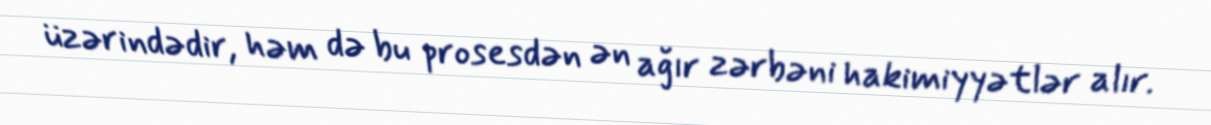
üzərindədir, həm də bu prosesdən ən ağır zərbəni hakimiyyətlər alır.